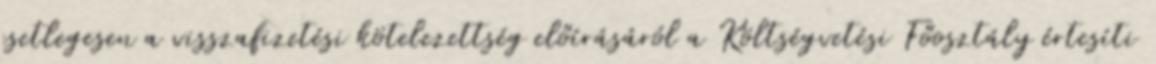
esetlegesen a visszafizetési kötelezettség előírásáról a Költségvetési Főosztály értesíti